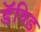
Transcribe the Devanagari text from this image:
डॅविड